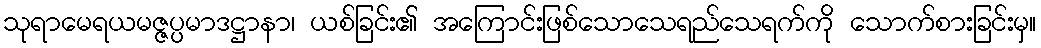
သုရာမေရယမဇ္ဇပ္ပမာဒဋ္ဌာနာ၊ ယစ်ခြင်း၏ အကြောင်းဖြစ်သောသေရည်သေရက်ကို သောက်စားခြင်းမှ။